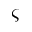
\varsigma